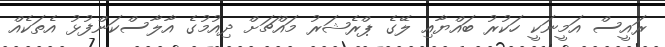
ރައީސް އަމީނަކީ ހަކުރު ބައްޔާއި ލޭގެ ޕްރެޝަރު މައްޗަށް ދިއުމުގެ އާލާސްކަންފުޅު އެތަކެއް